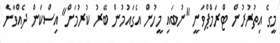
މީގެ އިތުރުރުން ޓްރަމްޕްވަނީ "ނުބައި މީހުން އެގައުމުން ބޭރު ކުރުމަށް" އިސްކަން ދެއްވާނެ